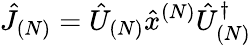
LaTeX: \hat{J}_{(N)}=\hat{U}_{(N)}\hat{x}^{(N)}\hat{U}_{(N)}^{\dagger}